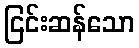
ငြင်းဆန်သော